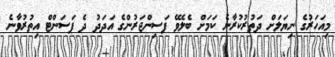
މިއަހަރުގެ ނިޔަލަށް ދަތުރުކުރާނެ ކަމަށް ބެލެވޭ ފަސިންޖަރުންގެ އަދަދު ދެ ޕަސަންޓް އިތުރުވާނެ